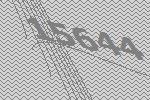
15644